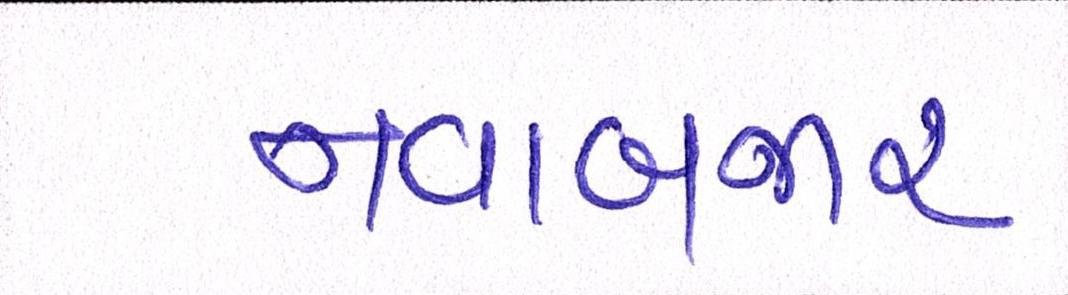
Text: નવાબજાર